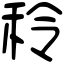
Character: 秢